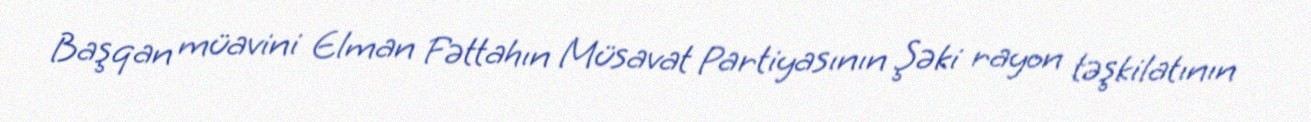
Başqan müavini Elman Fəttahın Müsavat Partiyasının Şəki rayon təşkilatının